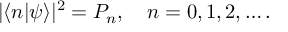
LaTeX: | \langle n | \psi \rangle | ^ { 2 } = P _ { n } , \quad n = 0 , 1 , 2 , \ldots .